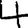
Digit: 4